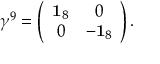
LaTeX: \gamma ^ { 9 } = \left( \begin{array} { c c } { { { \bf 1 } _ { 8 } } } & { { 0 } } \\ { { 0 } } & { { - { \bf 1 } _ { 8 } } } \end{array} \right) .